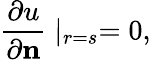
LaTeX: \frac{\partial u}{\partial\mathbf{n}}\mid_{r=s}=0,